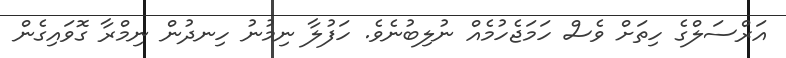
އަރްސަލްގެ ހިތަށް ވެސް ހަމަޖެހުމެއް ނުލިބުނެވެ. ހަފުލާ ނިމުނު ހިނދުން ނިމްރާ ގޮވައިގެން